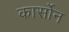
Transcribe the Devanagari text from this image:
कार्सोन